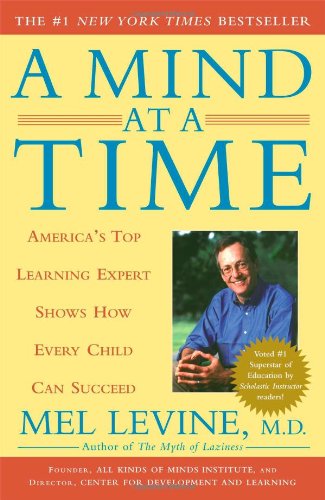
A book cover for A Mind at a Time: America's Top Learning Expert Shows How Every Child Can Succeed; M.D. Mel Levine M.D.; Parenting & Relationships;